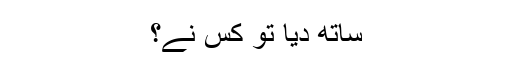
ساتھ دیا تو کس نے؟